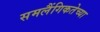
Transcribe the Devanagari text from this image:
समलैंगिकतेच्या